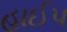
હાઈપ